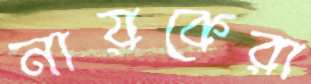
নায়কেরা